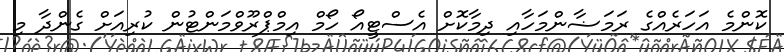
ކޮންމެ އަހަރެއްގެ ރަމަޟާންމަހާއި ދިމާކޮށް އެސްޓީއޯ ހޯމް އިމްޕްރޫވްމަންޓުން ކުރިއަށް ގެންދާ މި